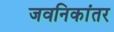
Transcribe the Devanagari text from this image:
जवनिकांतर